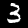
Digit: 3